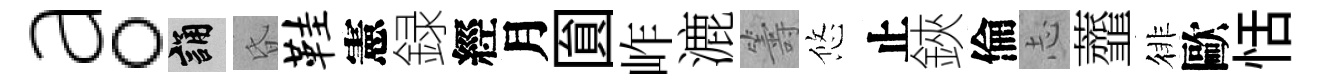
a。誦昏鞋憲録經月圎岞漉籌悠止鋏倫𢖽虀徘歐恬